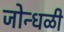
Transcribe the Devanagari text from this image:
जोन्धळी